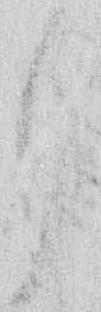
し